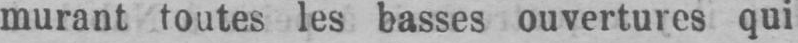
murant toutes les basses ouvertures qui